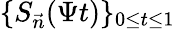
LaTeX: \{ S_{\vec{n}}(\Psi t)\} _{0\leq t\leq 1}